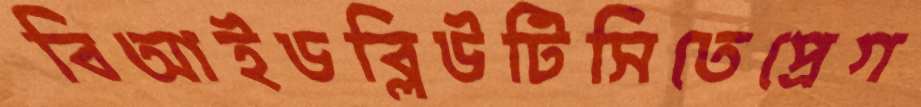
বিআইডব্লিউটিসিতেপ্রেগ